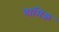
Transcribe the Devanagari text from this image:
वामिक़